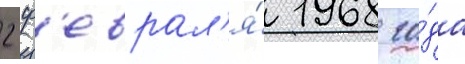
2 ф'еврал'я́ 1968 го́да